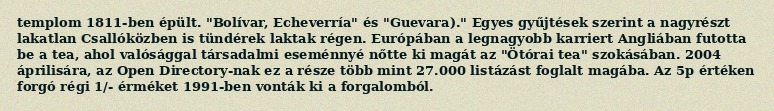
templom 1811-ben épült. "Bolívar, Echeverría" és "Guevara)." Egyes gyűjtések szerint a nagyrészt lakatlan Csallóközben is tündérek laktak régen. Európában a legnagyobb karriert Angliában futotta be a tea, ahol valósággal társadalmi eseménnyé nőtte ki magát az "Ötórai tea" szokásában. 2004 áprilisára, az Open Directory-nak ez a része több mint 27.000 listázást foglalt magába. Az 5p értéken forgó régi 1/- érméket 1991-ben vonták ki a forgalomból.